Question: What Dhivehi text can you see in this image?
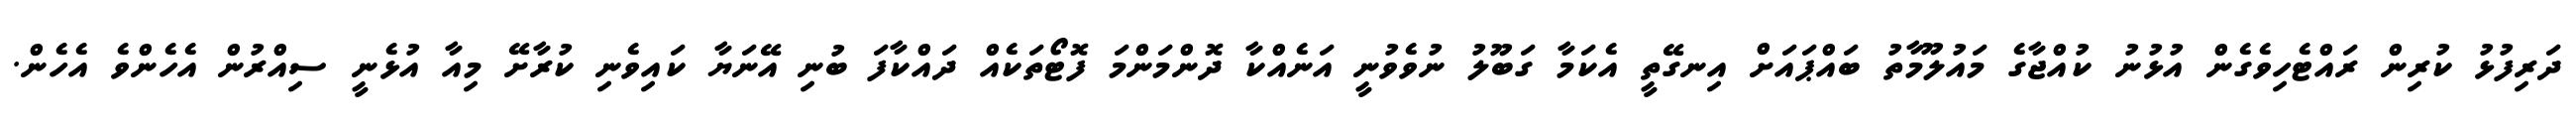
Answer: ދަރިފުޅު ކުރިން ރައްޓެހިވެގެން އުޅުނު ކުއްޖާގެ މައުލޫމާތު ބައްޕައަށް އިނގޭތީ އެކަމާ ގަބޫލު ނުވެވުނީ އަނެއްކާ ދޮންމަންމަ ފޮޓޯތަކެއް ދައްކާފަ ބުނި އޭނަޔާ ކައިވެނި ކުރާށޭ މިއާ އުޅެނީ ސިއްރުން އެހެންވެ އެހެން.